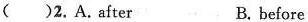
( )2. A. after B. before